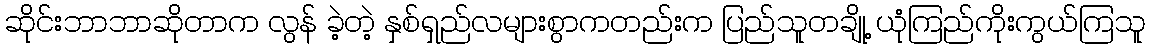
ဆိုင်းဘာဘာဆိုတာက လွန် ခဲ့တဲ့ နှစ်ရှည်လများစွာကတည်းက ပြည်သူတချို့ ယုံကြည်ကိုးကွယ်ကြသူ